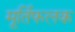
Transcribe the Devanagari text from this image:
मूर्तिफलक